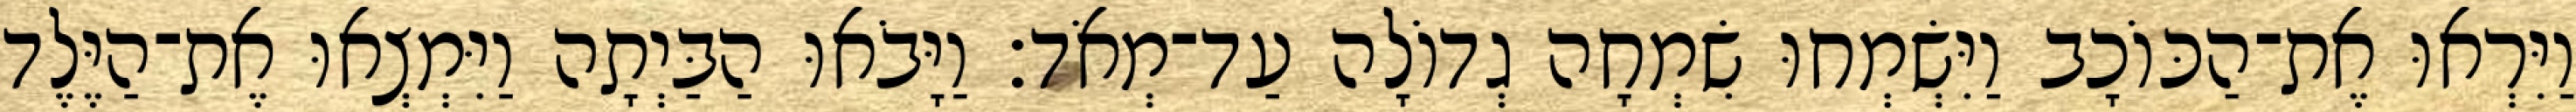
וַיִּרְאוּ אֶת־הַכּוֹכָב וַיִּשְׂמְחוּ שִׂמְחָה גְדוֹלָה עַד־מְאֹד׃ וַיָּבֹאוּ הַבַּיְתָה וַיִּמְצְאוּ אֶת־הַיֶּלֶד